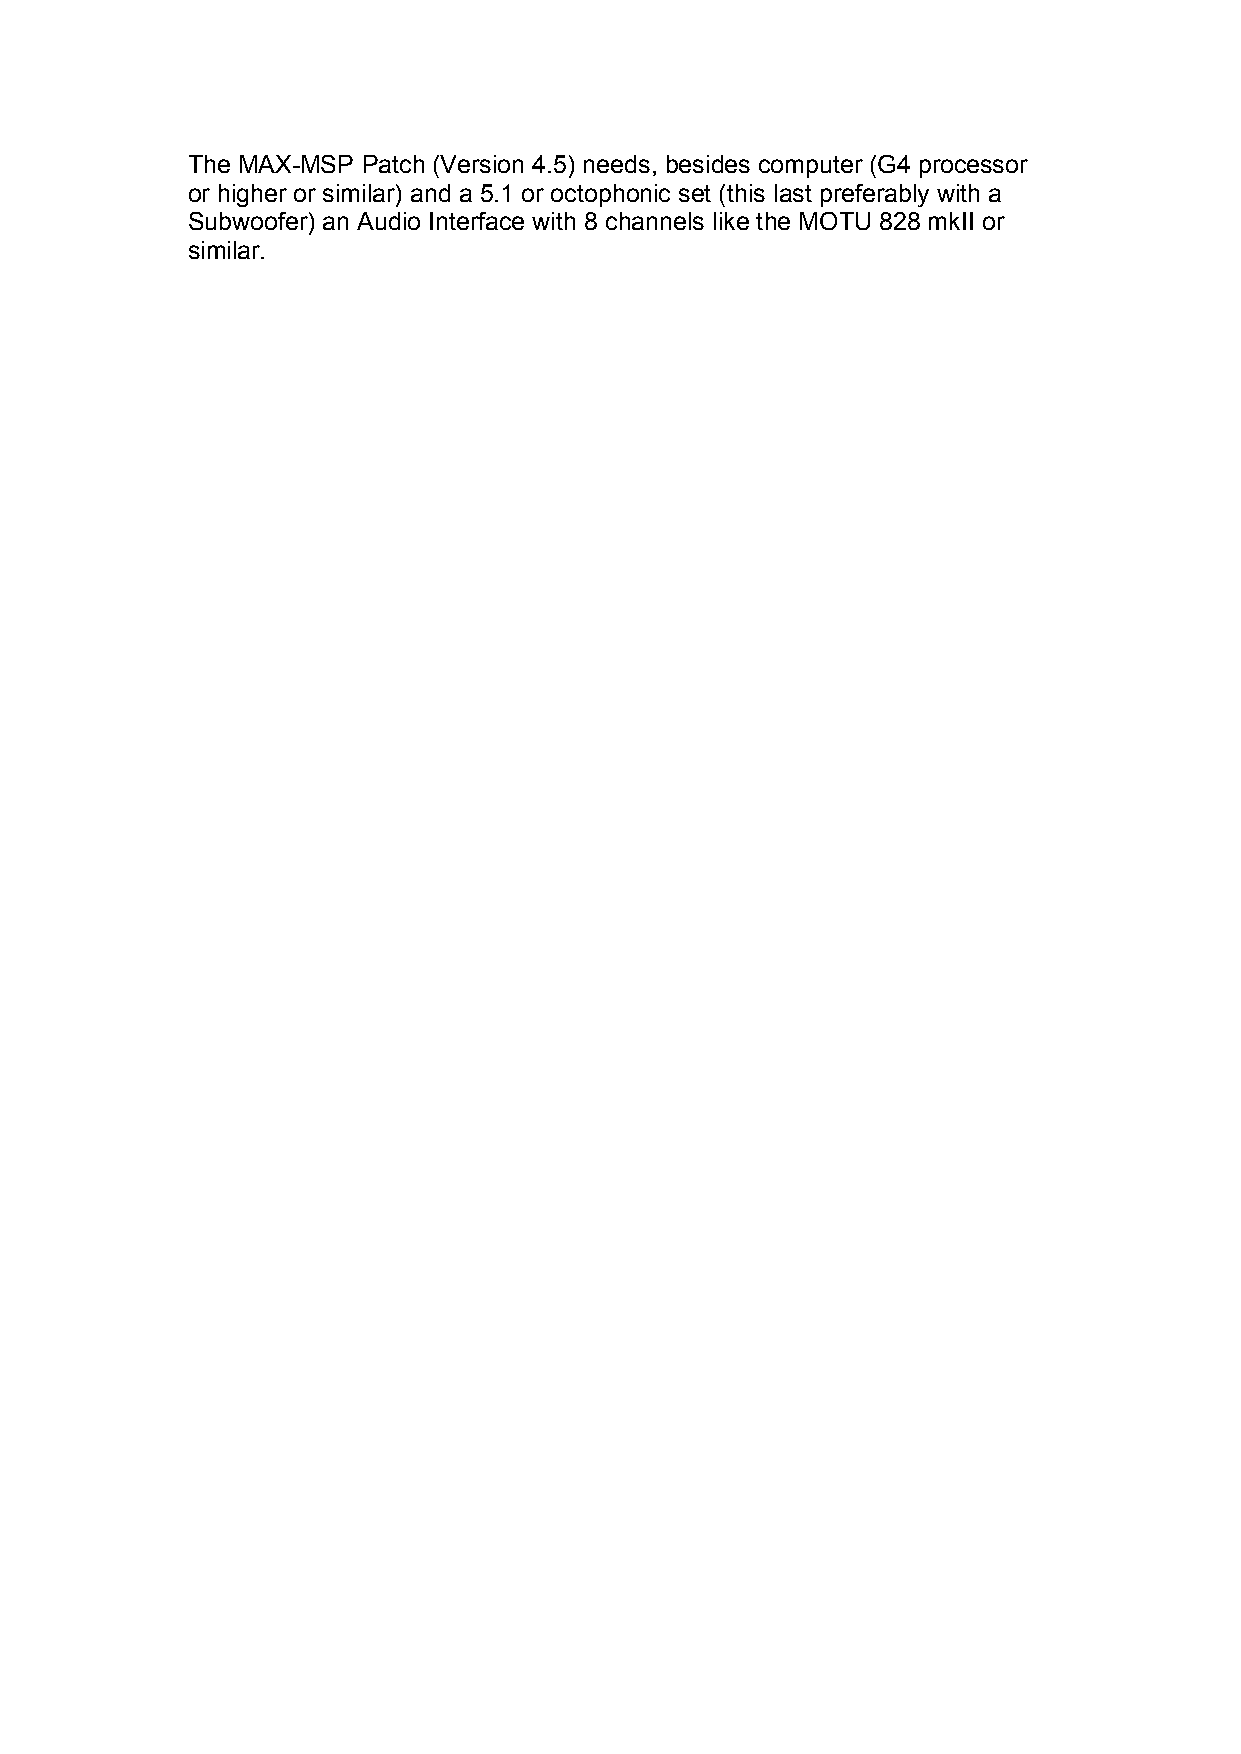
The MAX-MSP Patch (Version 4.5) needs, besides computer (G4 processor
 or higher or similar) and a 5.1 or octophonic set (this last preferably with a
 Subwoofer) an Audio Interface with 8 channels like the MOTU 828 mkII or
 similar.